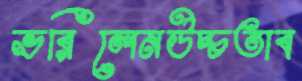
ভরিলেনউচ্চতাব